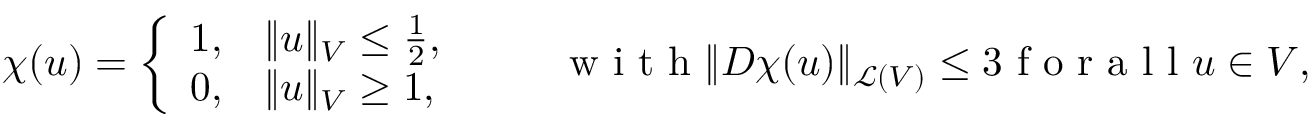
\chi ( u ) = \left\{ \begin{array} { l l } { 1 , } & { \Vert u \Vert _ { V } \leq \frac 1 2 , } \\ { 0 , } & { \Vert u \Vert _ { V } \geq 1 , } \end{array} \right. \qquad \mathrm { ~ w ~ i ~ t ~ h ~ } \Vert D \chi ( u ) \Vert _ { \mathcal { L } ( V ) } \leq 3 \mathrm { ~ f ~ o ~ r ~ a ~ l ~ l ~ } u \in V ,